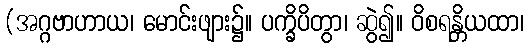
(အဂ္ဂဗာဟာယ၊ မောင်းဖျား၌။ ပက္ခိပိတွာ၊ ဆွဲ၍။ ဝိစရန္တိယထာ၊